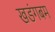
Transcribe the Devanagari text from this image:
खडंगबम